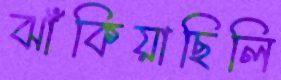
ঝাঁকিয়াছিলি